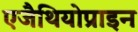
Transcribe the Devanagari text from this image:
एजैथियोप्राइन